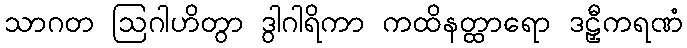
သာဂတ ဩဂါဟိတွာ ဒွါဂါရိကာ ကထိနတ္ထာရော ဒဠှီကရဏံ